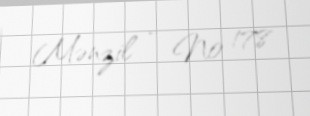
Mənzil - № 178